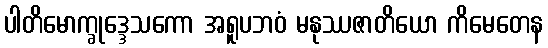
ပါတိမောက္ခုဒ္ဒေသကော အရူပဘဝံ မနုဿဇာတိယော ကိမေတေန